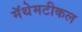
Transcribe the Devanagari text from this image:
मॅथेमटीकल